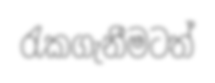
රැකගැනීමටත්